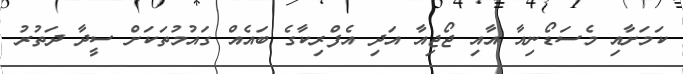
ކަމަށާއި މެސަޑޯނިއާ އާއި ޖޯޖިއާ އަދި އެފްރިކާގެ ބައެއް ގައުމުތަކަށް ސީދާ ދަތުރު